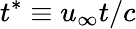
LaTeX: t^{*}\equiv u_{\infty}t/c